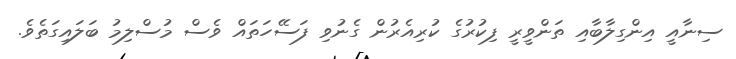
ސިނާއީ އިންގިލާބާއި ތަންވީރީ ފިކުރުގެ ކުރިއެރުން ގެނުވި ފަސޭހަތައް ވެސް މުސްލިމު ބަލައިގަތެވެ.